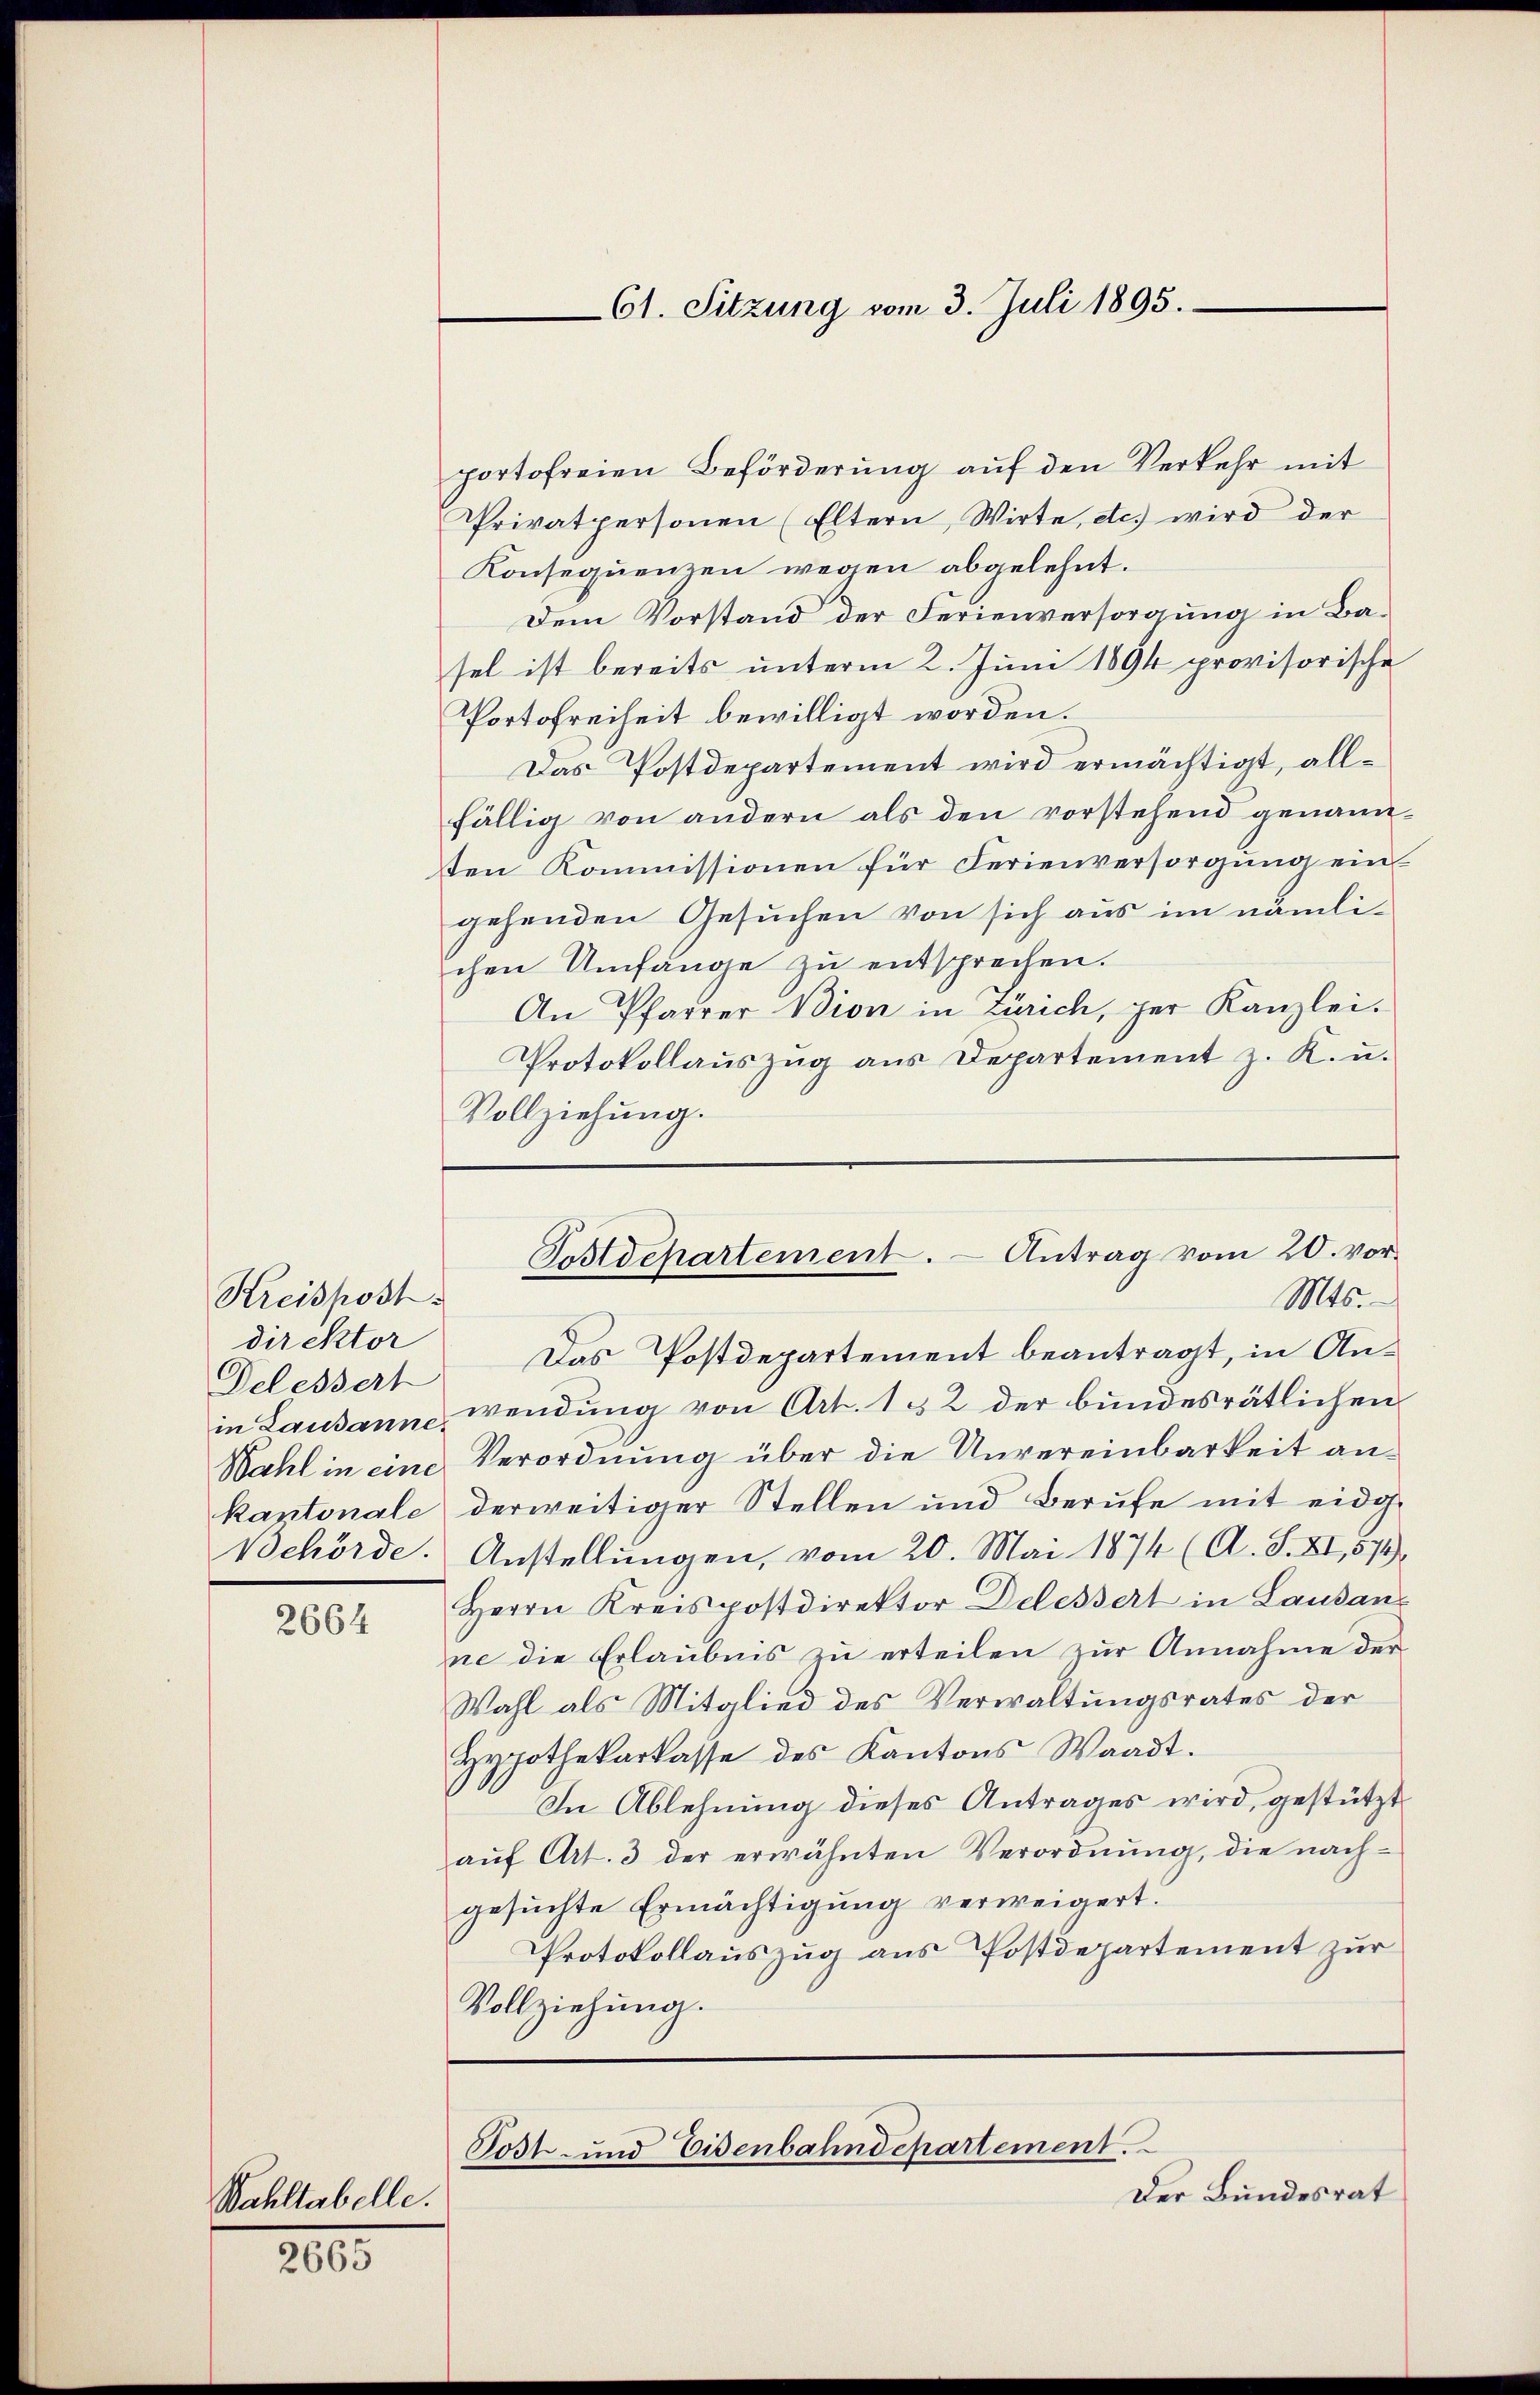
Kreispost.
direktor
Delessert

2664

Bahltabelle.

200

portofreien Beförderung auf den Verkehr mit
Privatpersonen (Eltern, Wirte, etc. wird der
Konsequenzen wegen abgelehnt.
Dem Vorstand der Ferienversorgung in Basel ist bereits unterm 2. Juni 1894 provisorische
Portofreiheit bewilligt worden.
Das Postdepartement wird ermächtigt, allfällig von andern als den vorstehend genannten Kommissionen für Ferienversorgung ein
gehenden Gesuchen von sich aus im nämlichen Umfange zu entsprechen.
An Pfarrer Bion in Zürich, per Kanzlei.
Protokollaŭszŭg aŭs Departement z. K. u.
Vollziehung.
Tostdepartement. - Antrag vom 20. vor¬
Mts.
Das Postdepartement beantragt, in Anin Lausanne, wendung von Art. 1 § 2 der bundesrätlichen
Wahl in eine Verordnung über die Unvereinbarkeit ankantonale derweitiger Stellen und Berufe mit eidg.
Behörde. Anstellungen, vom 20. Mai 1874 (A. S. XI, 574.
Herrn Kreispostdirektor Delessert in Lausans
ne die Erlaubnis zu erteilen zur Annahme der
Wahl als Mitglied des Verwaltungsrates der
Hypothekarkasse des Kantons Waadt.
In Ablehnung dieses Antrages wird, gestützt
aŭf Art. 3 der erwähnten Verordnŭng, die nach-
gesuchte Ermächtigung verweigert.
Protokollauszug aus Postdepartement zur
Vollziehung.

61. Sitzung vom 3. Juli 1895.

Post- und Eisenbahndepartement.
Der Bundesrat